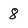
Character: 8